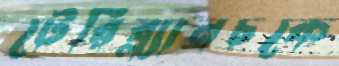
টেরিব্ল্যানচকে